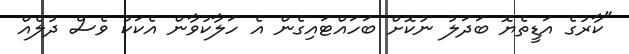
"ކާރުގެ އަޑީތެޔޮ ބަދަލު ނުކޮށް ބަހައްޓައިގެން އެ ހަލާކުވާން އެކަކު ވެސް ދުލެއް